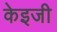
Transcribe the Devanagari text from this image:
केइजी